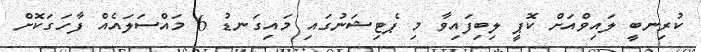
ކުރިނބީ ލައިވްއަށް ކޮޕީ ލިބިފައިވާ މި ޕެޓިޝަނުގައި މައިގަނޑު 6 މައްސަލައެއް ފާހަގަކޮށް